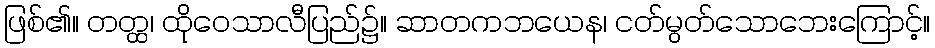
ဖြစ်၏။ တတ္ထ၊ ထိုဝေသာလီပြည်၌။ ဆာတကဘယေန၊ ငတ်မွတ်သောဘေးကြောင့်။